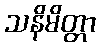
သနိမိတ္တာ